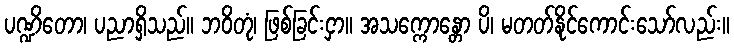
ပဏ္ဍိတော၊ ပညာရှိသည်။ ဘဝိတုံ၊ ဖြစ်ခြင်းငှာ။ အသက္ကောန္တော ပိ၊ မတတ်နိုင်ကောင်းသော်လည်း။